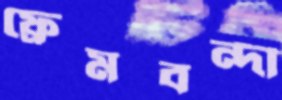
ফ্রেমবন্দী